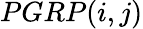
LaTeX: PGRP(i,j)